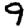
Digit: 9